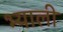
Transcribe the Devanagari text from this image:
भ्याली